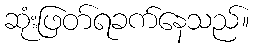
ဆုံးဖြတ်ရခက်နေသည်။